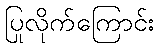
ပြုလိုက်ကြောင်း